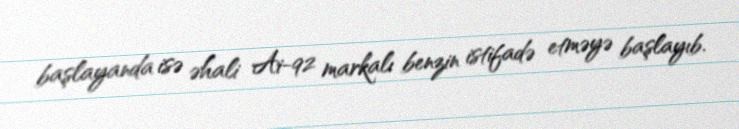
başlayanda isə əhali Ai-92 markalı benzin istifadə etməyə başlayıb.